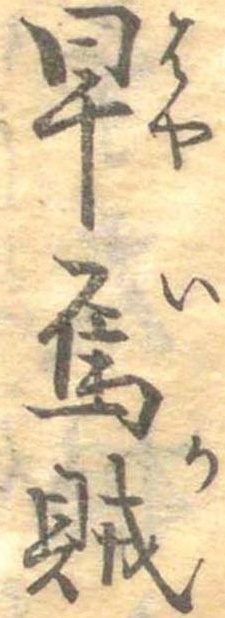
早烏賊